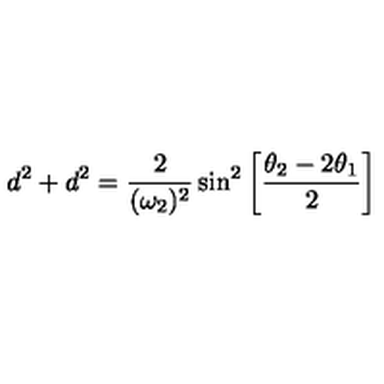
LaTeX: d ^ { 2 } + d ^ { 2 } = { \frac { 2 } { ( \omega _ { 2 } ) ^ { 2 } } } \sin ^ { 2 } \left[ { \frac { \theta _ { 2 } - 2 \theta _ { 1 } } { 2 } } \right]